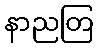
နာညတြ